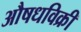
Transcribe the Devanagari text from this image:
औषधविक्री